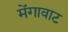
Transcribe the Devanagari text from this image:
मेंगावाट